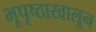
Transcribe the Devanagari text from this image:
भूपृष्ठाखालून